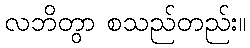
လဘိတွာ စသည်တည်း။